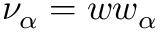
\nu _ { \alpha } = w w _ { \alpha }